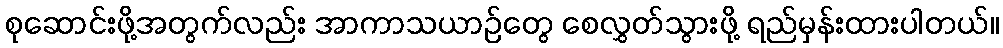
စုဆောင်းဖို့အတွက်လည်း အာကာသယာဉ်တွေ စေလွှတ်သွားဖို့ ရည်မှန်းထားပါတယ်။